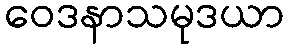
ဝေဒနာသမုဒယာ